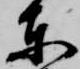
東